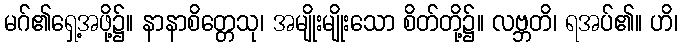
မဂ်၏ရှေ့အဖို့၌။ နာနာစိတ္တေသု၊ အမျိုးမျိုးသော စိတ်တို့၌။ လဗ္ဘတိ၊ ရအပ်၏။ ဟိ၊